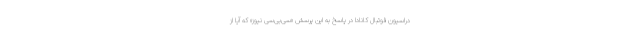
دراسیون فوتبال کانادا در پاسخ به این پرسش «سی‌بی‌سی نیوز» که آیا از